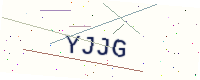
Text: YJJG